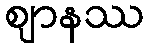
ဈာနဿ